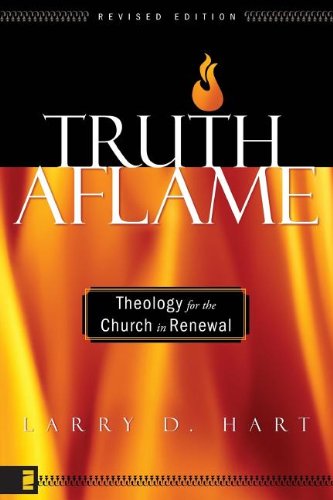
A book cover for Truth Aflame: Theology for the Church in Renewal; Larry D. Hart; Christian Books & Bibles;